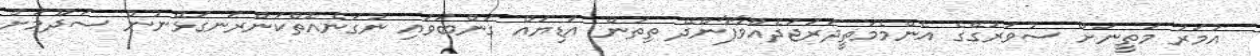
އުމަރު މަތީނަށް ސުވަރުގޭގެ އެންމެމަތީދަރަޖަދެއްވާފާންދޭ ތިތަން އަަޑިޔައް ގަންބަވައި ނުގަނެއޮތްކަންރަނގަޅޭނުން ސަދޫމަށް